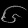
Digit: ၆